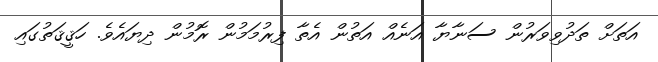
އަތަށް ތަދުވިވަރުން ސަނާޔާ އަނެއް އަތުން އެތާ ފިރުމަމުން ރޮމުން ދިޔައެވެ. ހަޤީޤަތުގައި